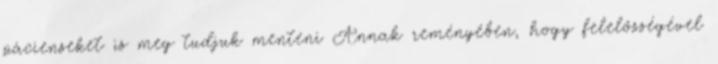
pácienseket is meg tudjuk menteni Annak reményében, hogy felelősségével